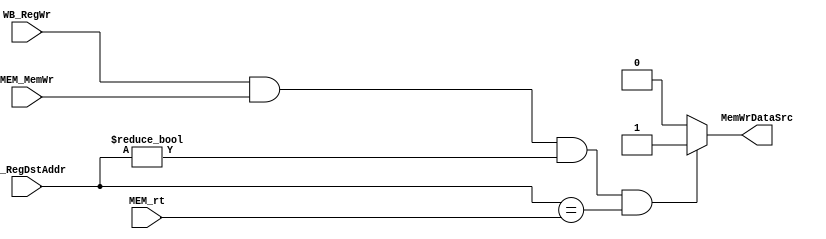
`timescale 1ns / 1ps
//////////////////////////////////////////////////////////////////////////////////
// Company: 
// Engineer: 
// 
// Design Name: 
// Module Name: Forward_UnitC
// Project Name: 
// Target Devices: 
// Tool Versions: 
// Description: 
// 
// Dependencies: 
// 
// Revision:
// Revision 0.01 - File Created
// Additional Comments:
// 
//////////////////////////////////////////////////////////////////////////////////


module Forward_UnitC(
//input
     input [5 -1:0] WB_RegDstAddr,
     input WB_RegWr,
     input MEM_MemWr,
     input [5 -1:0] MEM_rt,
//output
     output reg MemWrDataSrc       
    );
    
    //for load-store hazard
    always @(*) begin
        if(WB_RegWr && MEM_MemWr && WB_RegDstAddr != 5'b00000 && WB_RegDstAddr == MEM_rt)
            MemWrDataSrc <= 1'b1;
        else 
            MemWrDataSrc <= 1'b0;
    end
    
endmodule